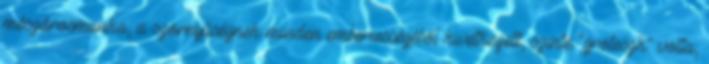
mészárosmunka, a szörnyűségnek minden emberiességéből kivetkezett, szinte "groteszk" volta,